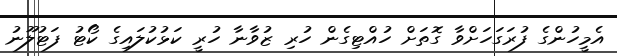
އެމީހުންގެ ފުރަގަހަށްވާ ގޮތަށް ހުއްޓިގެން ހުރި ޒުވާނާ ހުރީ ކަޅުކުލައިގެ ކޯޓު ފަޓުލޫނު